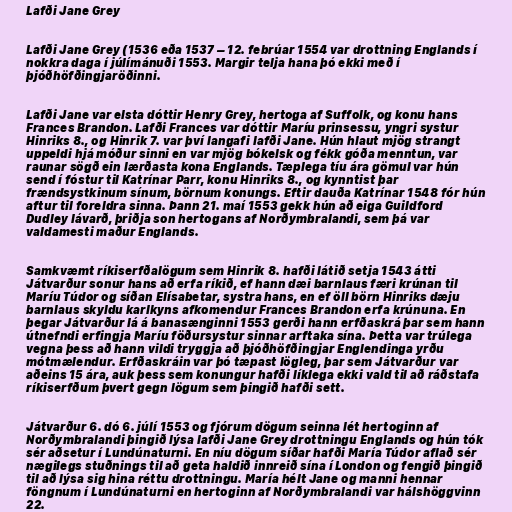
Lafði Jane Grey

Lafði Jane Grey (1536 eða 1537 – 12. febrúar 1554 var drottning Englands í
nokkra daga í júlímánuði 1553. Margir telja hana þó ekki með í
þjóðhöfðingjaröðinni.

Lafði Jane var elsta dóttir Henry Grey, hertoga af Suffolk, og konu hans
Frances Brandon. Lafði Frances var dóttir Maríu prinsessu, yngri systur
Hinriks 8., og Hinrik 7. var því langafi lafði Jane. Hún hlaut mjög strangt
uppeldi hjá móður sinni en var mjög bókelsk og fékk góða menntun, var
raunar sögð ein lærðasta kona Englands. Tæplega tíu ára gömul var hún
send í fóstur til Katrínar Parr, konu Hinriks 8., og kynntist þar
frændsystkinum sínum, börnum konungs. Eftir dauða Katrínar 1548 fór hún
aftur til foreldra sinna. Þann 21. maí 1553 gekk hún að eiga Guildford
Dudley lávarð, þriðja son hertogans af Norðymbralandi, sem þá var
valdamesti maður Englands.

Samkvæmt ríkiserfðalögum sem Hinrik 8. hafði látið setja 1543 átti
Játvarður sonur hans að erfa ríkið, ef hann dæi barnlaus færi krúnan til
Maríu Túdor og síðan Elísabetar, systra hans, en ef öll börn Hinriks dæju
barnlaus skyldu karlkyns afkomendur Frances Brandon erfa krúnuna. En
þegar Játvarður lá á banasænginni 1553 gerði hann erfðaskrá þar sem hann
útnefndi erfingja Maríu föðursystur sinnar arftaka sína. Þetta var trúlega
vegna þess að hann vildi tryggja að þjóðhöfðingjar Englendinga yrðu
mótmælendur. Erfðaskráin var þó tæpast lögleg, þar sem Játvarður var
aðeins 15 ára, auk þess sem konungur hafði líklega ekki vald til að ráðstafa
ríkiserfðum þvert gegn lögum sem þingið hafði sett.

Játvarður 6. dó 6. júlí 1553 og fjórum dögum seinna lét hertoginn af
Norðymbralandi þingið lýsa lafði Jane Grey drottningu Englands og hún tók
sér aðsetur í Lundúnaturni. En níu dögum síðar hafði María Túdor aflað sér
nægilegs stuðnings til að geta haldið innreið sína í London og fengið þingið
til að lýsa sig hina réttu drottningu. María hélt Jane og manni hennar
föngnum í Lundúnaturni en hertoginn af Norðymbralandi var hálshöggvinn
22.